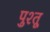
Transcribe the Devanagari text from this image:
पुश्‍तू